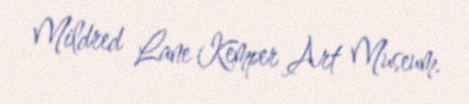
Mildred Lane Kemper Art Museum.